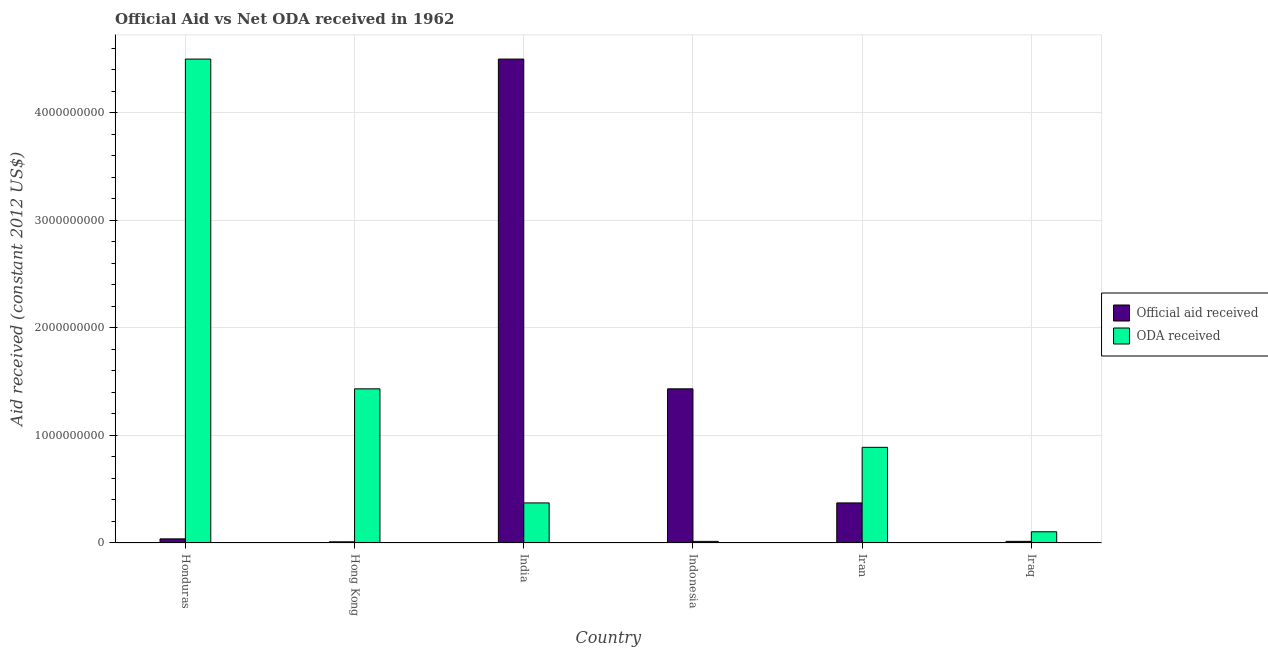
| Country | Official aid received | ODA received |
 | --- | --- | --- |
 | Honduras | 3.84e+07 | 4.5e+09 |
 | Hong Kong | 1.08e+07 | 1.43e+09 |
 | India | 4.5e+09 | 3.73e+08 |
 | Indonesia | 1.43e+09 | 1.51e+07 |
 | Iran | 3.73e+08 | 8.89e+08 |
 | Iraq | 1.51e+07 | 1.04e+08 |